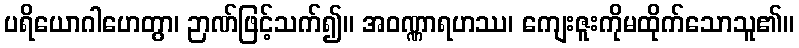
ပရိယောဂါဟေတွာ၊ ဉာဏ်ဖြင့်သက်၍။ အဝဏ္ဏာရဟဿ၊ ကျေးဇူးကိုမထိုက်သောသူ၏။